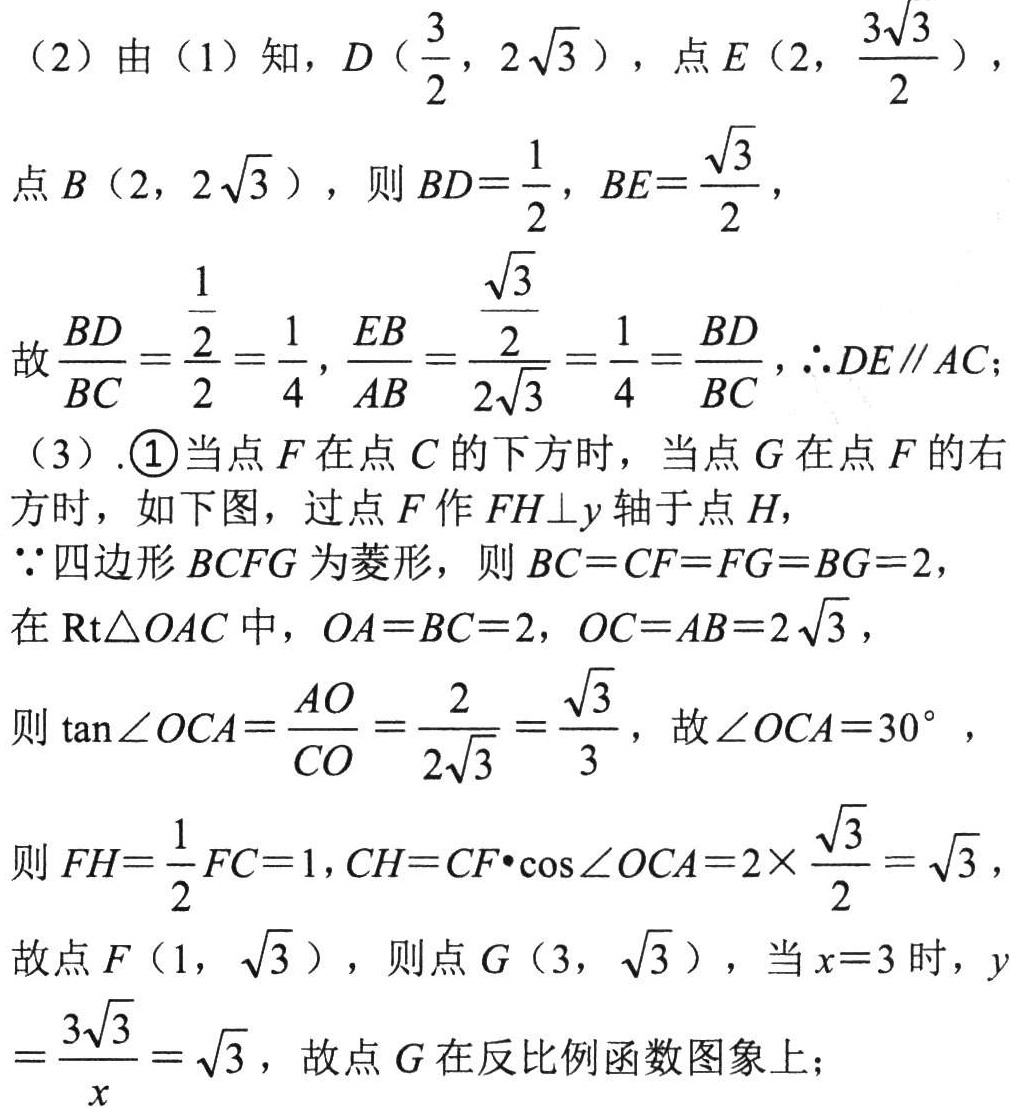
（2）由（1）知，\(D\left(\frac{3}{2},2\sqrt{3}\right)\)，点\(E\left(2,\frac{3\sqrt{3}}{2}\right)\)，

点\(B(2,2\sqrt{3})\)，则\(BD = \frac{1}{2}\)，\(BE=\frac{\sqrt{3}}{2}\)，

故\(\frac{BD}{BC}=\frac{\frac{1}{2}}{2}=\frac{1}{4}\)，\(\frac{EB}{AB}=\frac{\frac{\sqrt{3}}{2}}{2\sqrt{3}}=\frac{1}{4}=\frac{BD}{BC}\)，\(\therefore DE\parallel AC\)；

（3）.\textcircled{1}当点\(F\)在点\(C\)的下方时，当点\(G\)在点\(F\)的右方时，如下图，过点\(F\)作\(FH\perp y\)轴于点\(H\)，

\(\because\)四边形\(BCFG\)为菱形，则\(BC = CF = FG = BG = 2\)，

在\(\text{Rt}\triangle OAC\)中，\(OA = BC = 2\)，\(OC = AB = 2\sqrt{3}\)，

则\(\tan\angle OCA=\frac{AO}{CO}=\frac{2}{2\sqrt{3}}=\frac{\sqrt{3}}{3}\)，故\(\angle OCA = 30^{\circ}\)，

则\(FH=\frac{1}{2}FC = 1\)，\(CH = CF\cdot\cos\angle OCA=2\times\frac{\sqrt{3}}{2}=\sqrt{3}\)，

故点\(F(1,\sqrt{3})\)，则点\(G(3,\sqrt{3})\)，当\(x = 3\)时，\(y=\frac{3\sqrt{3}}{x}=\sqrt{3}\)，故点\(G\)在反比例函数图象上；